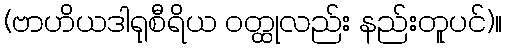
(ဗာဟိယဒါရုစီရိယ ဝတ္ထုလည်း နည်းတူပင်)။